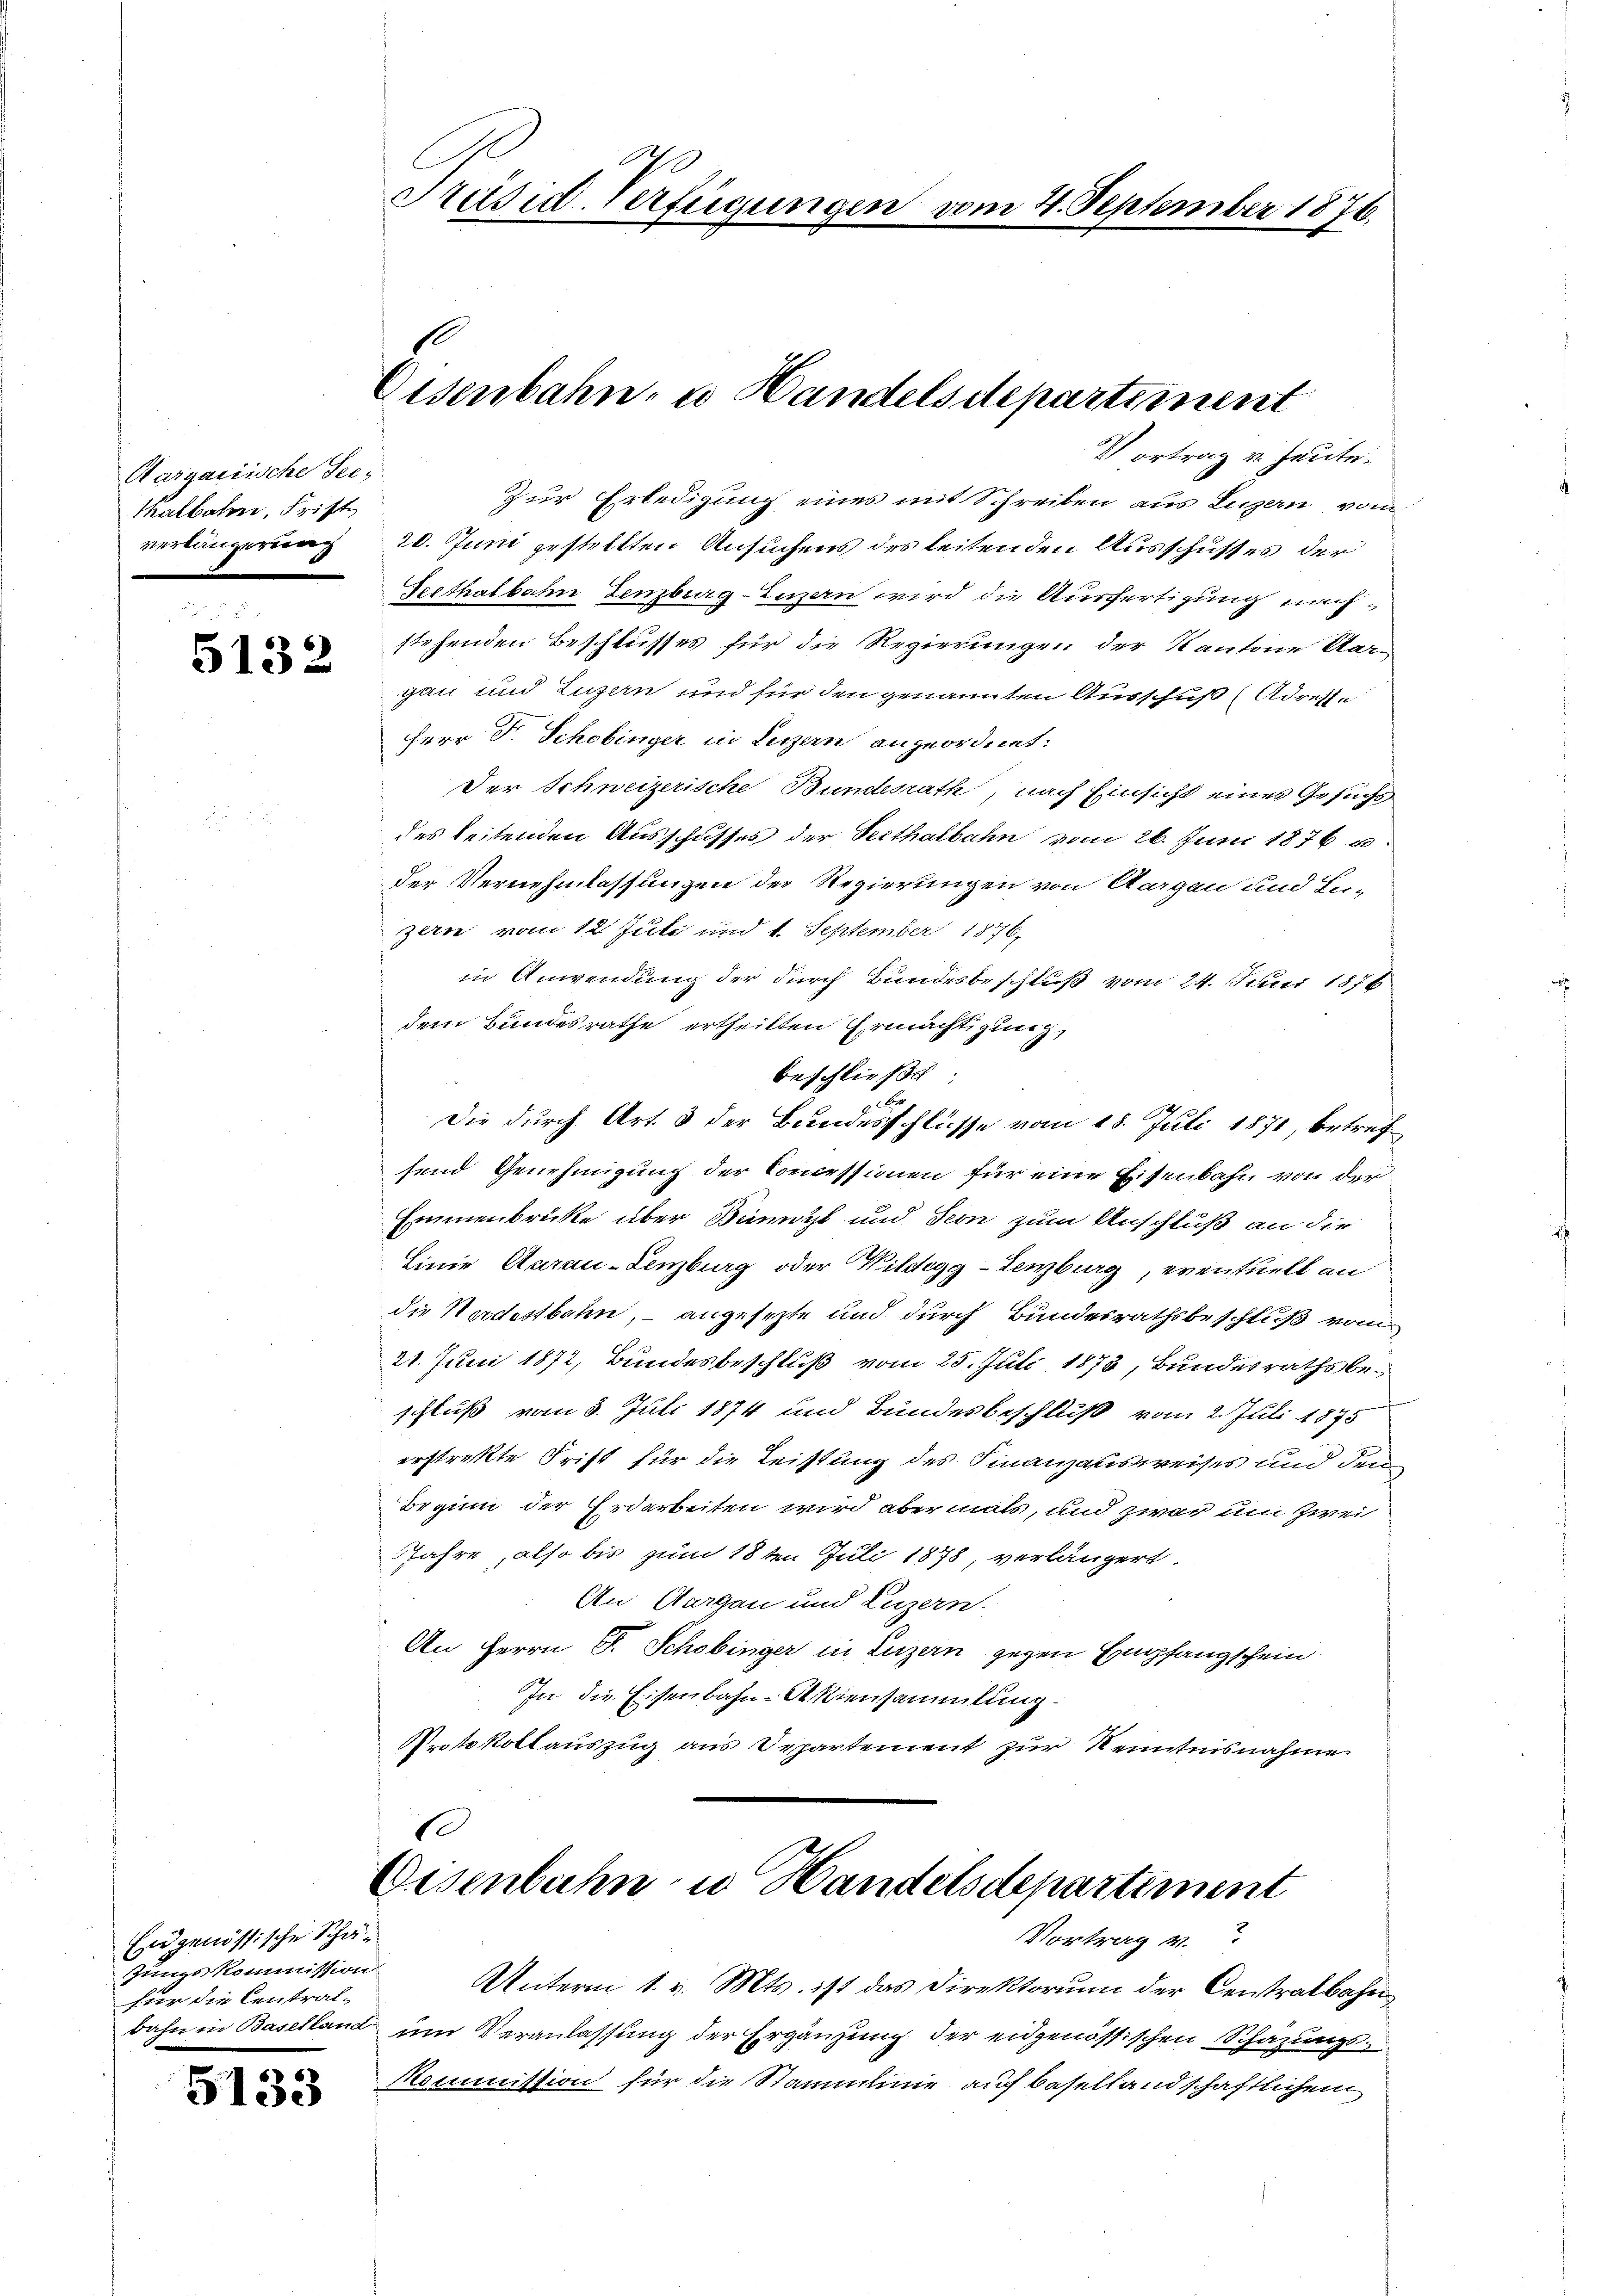
Aargarische Sei¬
Thalbahn, Friste
verlängerung

5132

Eidgenössische Schä¬
Jungskommission
für die Central-
bahn in Baselland

5133

Prusid. Verfügungen vom 4. September 1876.

Zur Erledigung eines mit Schreiben aus Luzern vom
20. Juni gestellten Ansuchens des leiten den Ausschusses der
Seethalbahn Lenzburg-Luzern wird die Ausfertigung nachstehenden Beschlusses für die Regierungen der Kantone Aargau und Luzern und für den genannten Ausschuß (Adresse
Herr Dr. Schobinger in Luzern angeordnet:
Der Schweizerische Bundesrath, nach Einsicht eines Gesuchs
des leitenden Ausschusses der Seithalbahn vom 26. Juni 1876 u.
der Vernehmlassungen der Regierungen von Ucagen und Lu-
zern vom 12. Juli und 1. September 1876,
in Anwendung der durch Bundesbeschluß vom 24. Juni 1876
dem Bundesrathe ertheilten Ermächtigung,
beschließt
Br
Die durch Art. 3 der Bundesschlüsse vom 18. Juli 1871, betrefsend Genehmigung der Concessionen für eine Eisenbahn von der
Erinnenbrücke über Bennzt und Teon zum Anschluß an die
Linie Aarau-Lenzburg oder Wildegg-Lenzburg, eventuell an
die Nordestbahn, – angesezte und durch Bundesrathsbeschluß vom
21. Juni 1872, Bundesbeschluß vom 25. Juli 1873, Bundesrathsbeschluß vom 3. Juli 1874 und Bundesbeschluß vom 2. Juli 1875
erstrekte Frist für die Leistung des Finanzausweises und den
Beginn der Erdarbeiten wird abermals, und zwar um zwei
Jahre, also bis zum 18 ten Juli 1878, verlängert.
An Aargau und Luzern.
An Herrn F. Schobinger in Luzern gegen Empfangschein.
In die Eisenbahn-Aktensammlung.
Protokollauszug aus Departement zur Kenntnisnahme
1

Eisenbahn- u Handelsdepartiment
Vortrag u. heute.

Disenbahn u Handelsdepartement
Vortrag v

Unterm 1. v. Mts. ist das Direktorium der Centralbahn
um Veranlassung der Ergänzung der eidgenössischen Schazungs¬
Kommittion für die Stammlinie auf Basellandschaftlichem